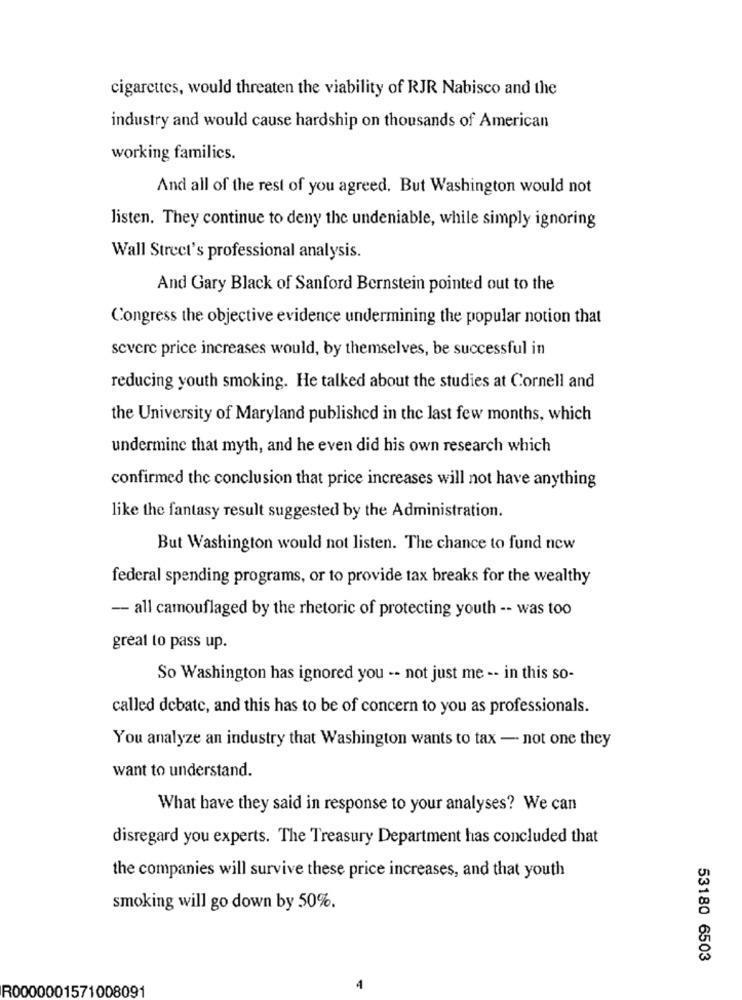
cigarettes, would threaten the viability of RJR Nabisco and the
industry and would cause hardship on thousands of American
working familics.
And all of the rest of you agreed. But Washington would not
listen. They continue to deny the undeniable, while simply ignoring
Wall Street's professional analysis.
And Gary Black of Sanford Bernstein pointed out to the
Congress the objective evidence undermining the popular notion that
severe price increases would, by themselves, be successful in
reducing youth smoking. He talked about the studies at Cornell and
the University of Maryland published in the last few months, which
undermine that myth, and he even did his own research which
confirmed the conclusion that price increases will not have anything
like the fantasy result suggested by the Administration.
But Washington would not listen. The chance to fund new
federal spending programs, or to provide tax breaks for the wealthy
-- all camouflaged by the rhetoric of protecting youth -- was too
great to pass up.
So Washington has ignored you -- not just me -- in this so-
called debate, and this has to be of concern to you as professionals.
You analyze an industry that Washington wants to tax - not one they
want to understand.
What have they said in response to your analyses? We can
disregard you experts. The Treasury Department has concluded that
the companies will survive these price increases, and that youth
smoking will go down by 50%.
53180 6503
R0000001571008091